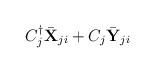
LaTeX: \begin{align*}{ C^{\dag}_j {\bar {\bf X}}_{ji} + C_j {\bar {\bf Y}}_{ji} }\end{align*}